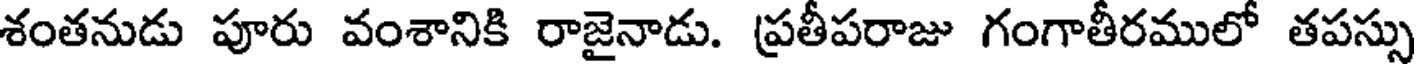
శంతనుడు పూరు వంశానికి రాజైనాడు. ప్రతీపరాజు గంగాతీరములో తపస్సు